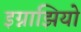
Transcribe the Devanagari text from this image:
इग्नाझियो